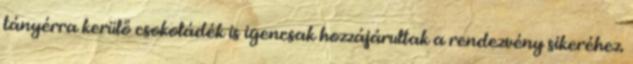
tányérra kerülő csokoládék is igencsak hozzájárultak a rendezvény sikeréhez.